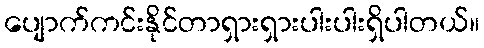
ပျောက်ကင်းနိုင်တာရှားရှားပါးပါးရှိပါတယ်။